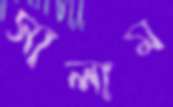
সালাম